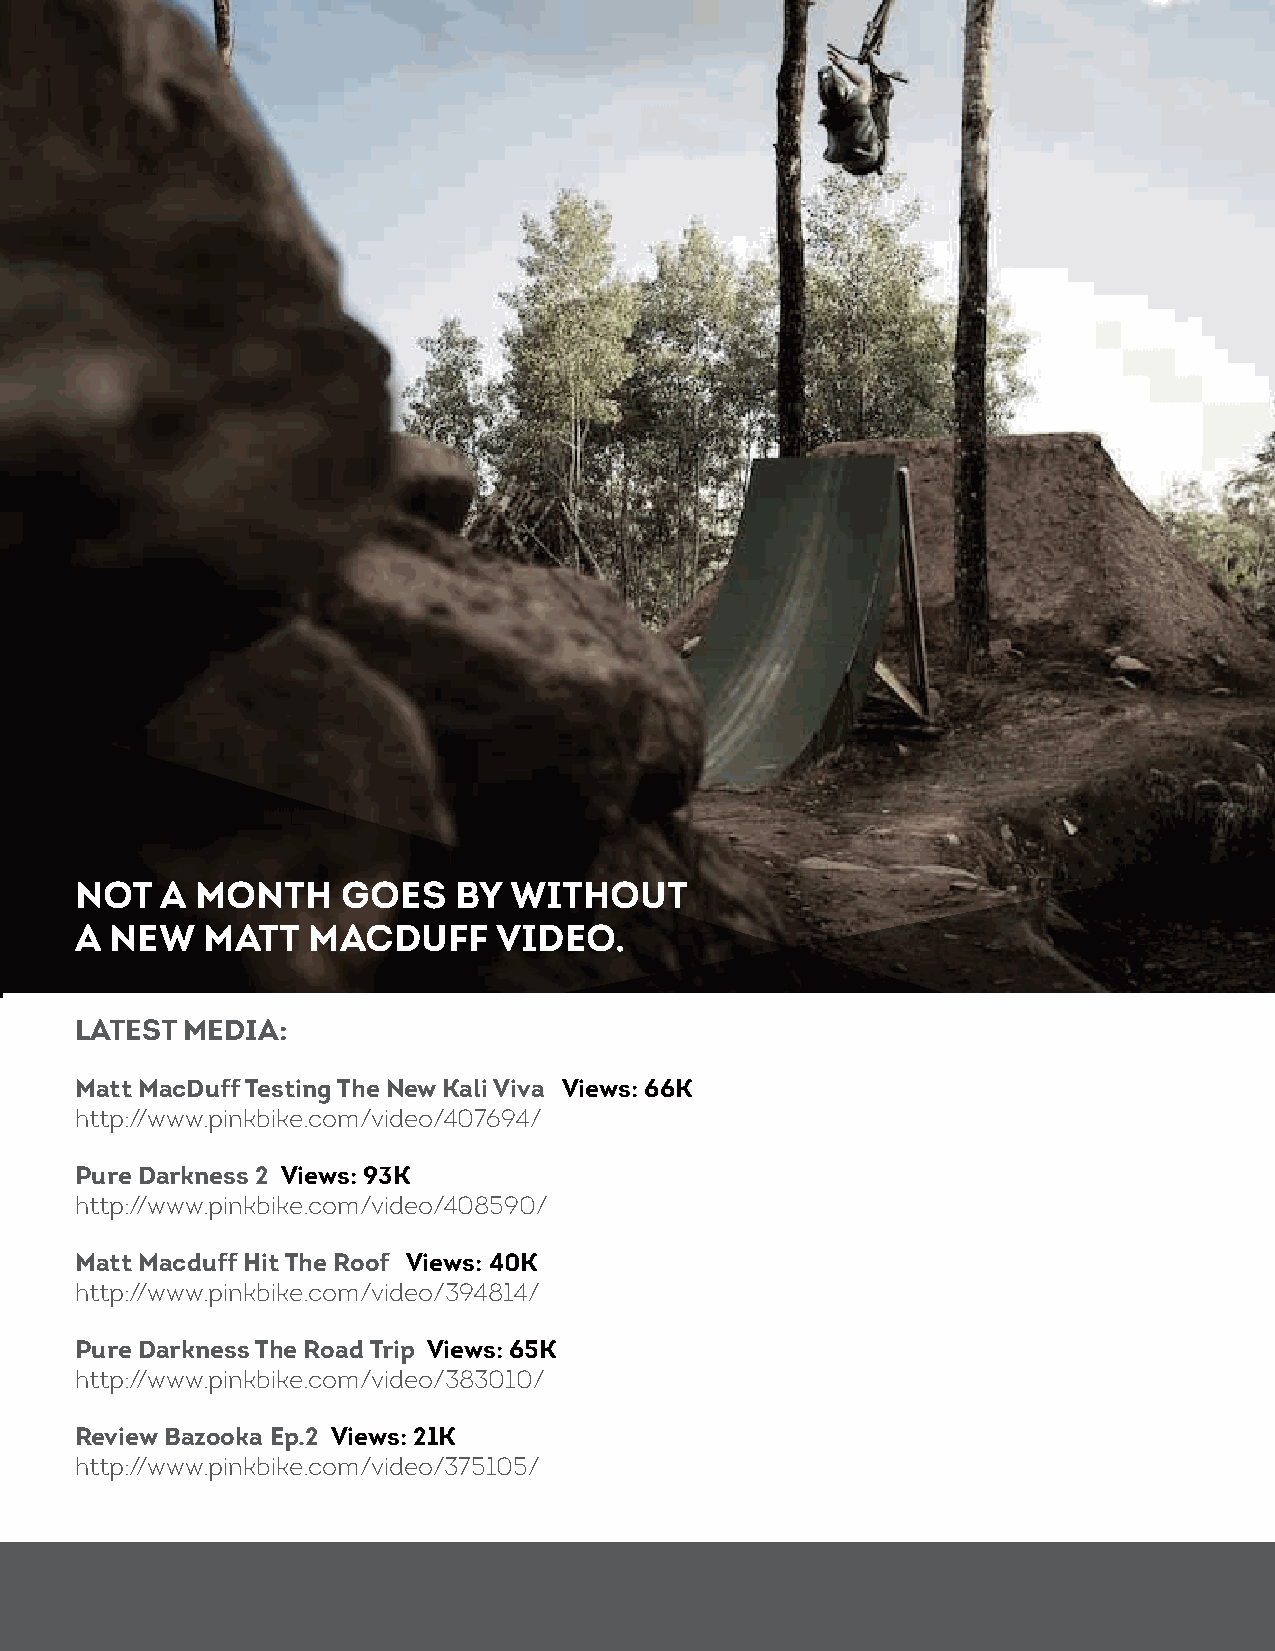
not   a month     goes   by  without
 a new   matt   macduff      Video.
 latest media:
 matt macduff testing the new Kali Viva Views: 66K
 http://www.pinkbike.com/video/407694/
 pure darkness 2 Views: 93K
 http://www.pinkbike.com/video/408590/
 matt macduff hit the Roof Views: 40K
 http://www.pinkbike.com/video/394814/
 pure darkness the Road trip Views: 65K
 http://www.pinkbike.com/video/383010/
 Review bazooka ep.2 Views: 21K
 http://www.pinkbike.com/video/375105/